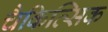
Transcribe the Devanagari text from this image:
चैकित्सिक